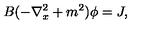
B ( - \nabla _ { x } ^ { 2 } + m ^ { 2 } ) \phi = J ,